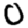
Digit: 0